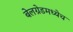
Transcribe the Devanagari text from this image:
बेलग्रेडमध्येच